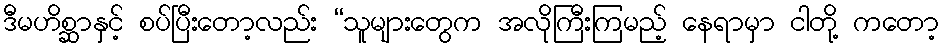
ဒီမဟိစ္ဆာနှင့် စပ်ပြီးတော့လည်း “သူများတွေက အလိုကြီးကြမည့် နေရာမှာ ငါတို့ ကတော့